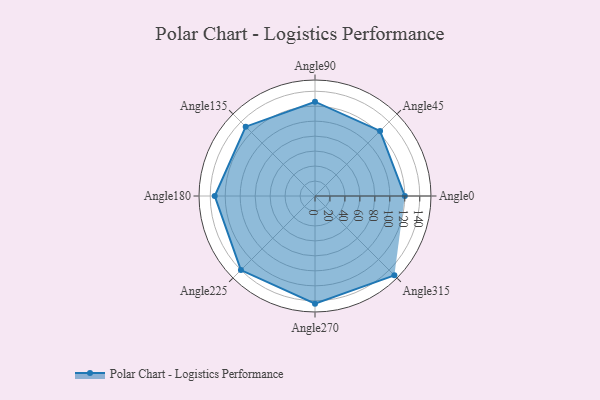
{"axis": {"x": "Angle", "y": "Radius"}, "legend": [""], "data": [{"x": "Angle0", "y": 120.0, "type": ""}, {"x": "Angle45", "y": 123.0, "type": ""}, {"x": "Angle90", "y": 126.0, "type": ""}, {"x": "Angle135", "y": 131.0, "type": ""}, {"x": "Angle180", "y": 134.0, "type": ""}, {"x": "Angle225", "y": 140.0, "type": ""}, {"x": "Angle270", "y": 144.0, "type": ""}, {"x": "Angle315", "y": 150.0, "type": ""}]}